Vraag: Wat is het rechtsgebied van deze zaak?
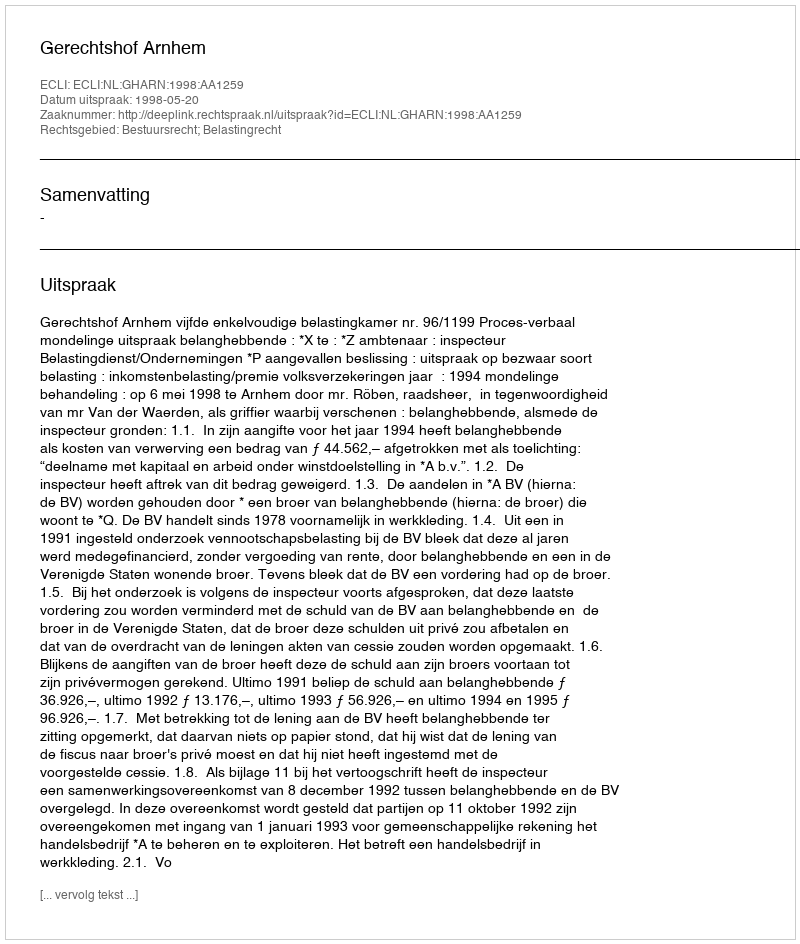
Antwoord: Bestuursrecht; Belastingrecht